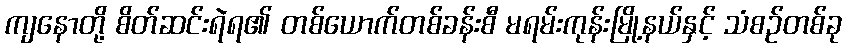
ကျနောတို့ စိတ်ဆင်းရဲရ၏ တစ်ယောက်တစ်ခန်းစီ မရမ်းကုန်းမြို့နယ်နှင့် သံစဉ်တစ်ခု